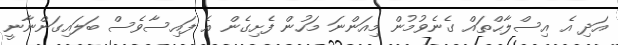
އަދި އެ އިސްލާޙްތައް ގެނެވުމުން މިއަންނަ މަހުން ފެށިގެން އެ ފައިސާވެސް ބަލައިގަންނާނީ